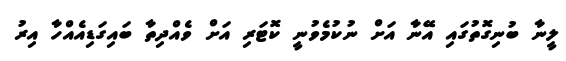
ލީނާ ބުނިގޮތުގައި އޭނާ އަށް ނުކުމެވުނީ ކޮޓަރި އަށް ވެއްދިތާ ބައިގަޑިއެއްހާ އިރު